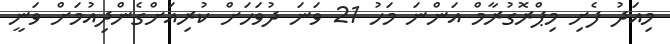
މިއަދު ފެށި މިޕްރޮގުރާމް އަންނަ މަހު 21 ވަނަ ދުވަހަށް ކުރިއަށްގެންދިއުމަށް ވަނީ